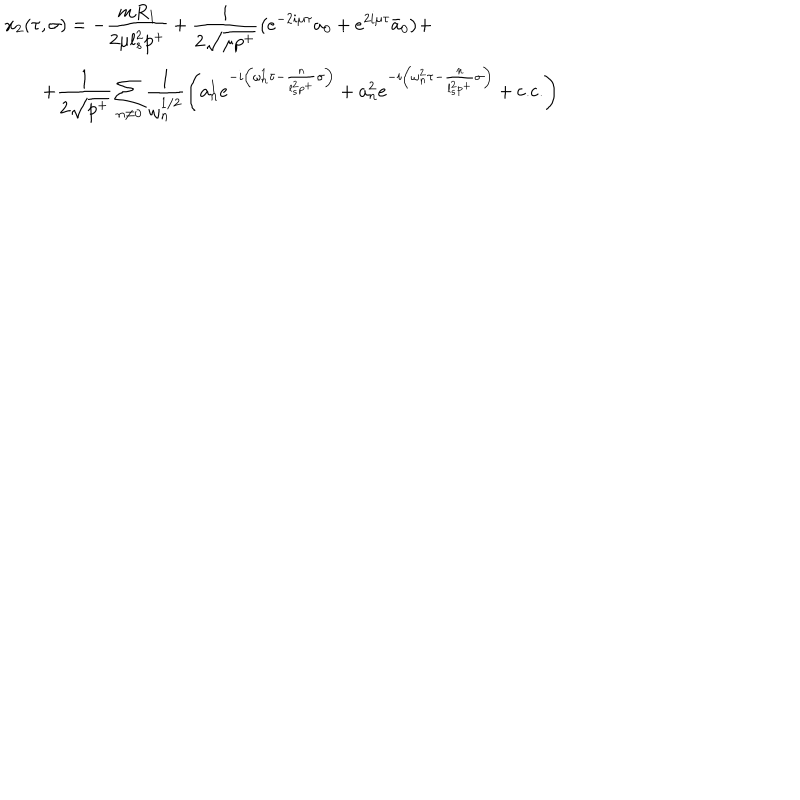
\begin{array} { l } { { x _ { 2 } ( \tau , \sigma ) = \displaystyle { - \frac { m R _ { 1 } } { 2 \mu l _ { s } ^ { 2 } p ^ { + } } + \frac { i } { 2 \sqrt { \mu p ^ { + } } } \left( e ^ { - 2 i \mu \tau } a _ { 0 } + e ^ { 2 i \mu \tau } \bar { a } _ { 0 } \right) } + } } \\ { { \qquad \displaystyle { + \frac { 1 } { 2 \sqrt { p ^ { + } } } \sum _ { n \neq 0 } \frac { 1 } { \omega _ { n } ^ { 1 / 2 } } \left( a _ { n } ^ { 1 } e ^ { - i \left( \omega _ { n } ^ { 1 } \tau - \frac { n } { l _ { s } ^ { 2 } p ^ { + } } \sigma \right) } + a _ { n } ^ { 2 } e ^ { - i \left( \omega _ { n } ^ { 2 } \tau - \frac { n } { l _ { s } ^ { 2 } p ^ { + } } \sigma \right) } + \textrm { c . c . } \right) } } } \\ \end{array}